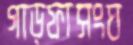
গাড়ফাসংঘ